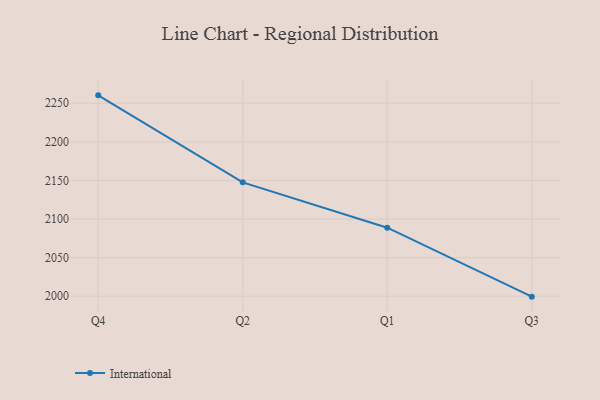
{"axis": {"x": "Quarter", "y": "Backlog"}, "legend": ["International"], "data": [{"x": "Q4", "y": 2260.2, "type": "International"}, {"x": "Q2", "y": 2147.5, "type": "International"}, {"x": "Q1", "y": 2088.8, "type": "International"}, {"x": "Q3", "y": 1999.5, "type": "International"}]}